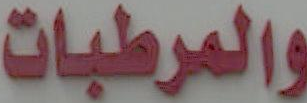
والمرطبات